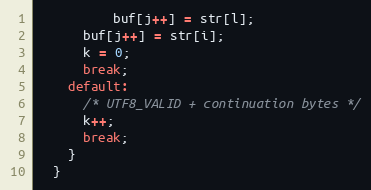
Language: C
          buf[j++] = str[l];
      buf[j++] = str[i];
      k = 0;
      break;
    default:
      /* UTF8_VALID + continuation bytes */
      k++;
      break;
    }
  }